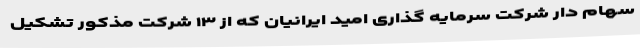
سهام دار شرکت سرمایه گذاری امید ایرانیان که از ۱۳ شرکت مذکور تشکیل